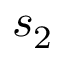
s _ { 2 }